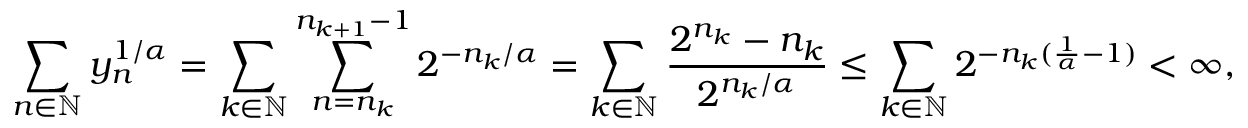
\sum _ { n \in { \mathbb { N } } } y _ { n } ^ { 1 / \alpha } = \sum _ { k \in { \mathbb { N } } } \sum _ { n = n _ { k } } ^ { n _ { k + 1 } - 1 } 2 ^ { - n _ { k } / \alpha } = \sum _ { k \in { \mathbb { N } } } \frac { 2 ^ { n _ { k } } - n _ { k } } { 2 ^ { n _ { k } / \alpha } } \leq \sum _ { k \in { \mathbb { N } } } 2 ^ { - n _ { k } ( \frac { 1 } { \alpha } - 1 ) } < \infty ,